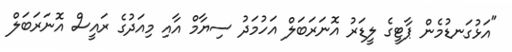
"އަޅުގަނޑުމެން ޕާޓީގެ ލީޑަރު އޮނަރަބަލް އަހުމަދު ސިޔާމް އާއި މިއަދުގެ ރައީސް އޮނަރަބަލް